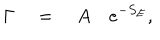
LaTeX: \Gamma \quad = \quad A \quad e ^ { - S _ { E } } ,